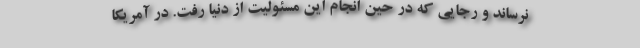
نرساند و رجایی که در حین انجام این مسئولیت از دنیا رفت. در آمریکا